Annual report on the mental hospital in the Central Provinces and Berar (Nagpur) - 1927-1951
Year: 1927
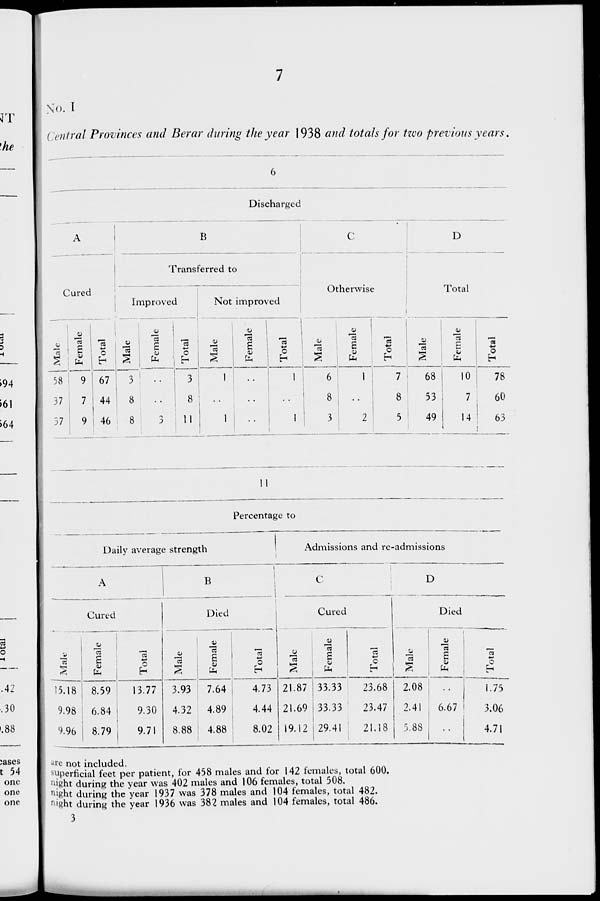
7
No. I
Central Provinces and Berar during the year 1938 and total for two previous years.
6
Discharged
A
Cured
Male
58
37
37
Female
9
7
9
Total
67
44
46
B
Transferred to
Improved
Male
3
8
8
Female
..
..
3
Total
3
8
11
Not improved
Male
1
..
1
Female
..
..
..
Total
1
..
1
C
Otherwise
Male
6
8
3
Female
1
..
2
Total
7
8
5
D
Total
Male
68
53
49
Female
10
7
14
Total
78
60
63
11
Percentage to
Daily average strength
A
Cured
Male
15.18
9.98
9.96
Female
8.59
6.84
8.79
Total
13.77
9.30
9.71
B
Died
Male
3.93
4.32
8.88
Female
7.64
4.89
4.88
Total
4.73
4.44
8.02
Admissions and re-admissions
C
Cured
Male
21.87
21.69
19.12
Female
33.33
33.33
29.41
Total
23.68
23.47
21.18
D
Died
Male
2.08
2.41
5.88
Female
..
6.67
..
Total
1.75
3.06
4.71
are not included.
superficial feet per patient, for 458 males and for 142 females, total 600.
night during the year was 402 males and 106 females, total 508.
night during the year 1937 was 378 males and 104 females, total 482.
night during the year 1936 was 382 males and 104 females, total 486.
3